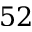
5 2